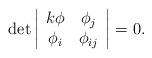
LaTeX: \begin{align*}\det\left|\begin{array}{cc}k\phi&\phi_j\\ \phi_i&\phi_{ij}\end{array}\right|=0.\end{align*}